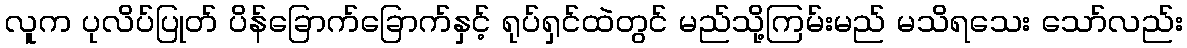
လူက ပုလိပ်ပြုတ် ပိန်ခြောက်ခြောက်နှင့် ရုပ်ရှင်ထဲတွင် မည်သို့ကြမ်းမည် မသိရသေး သော်လည်း